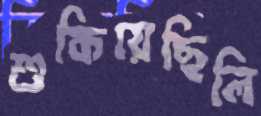
শুকিয়েছিলি